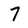
Character: 7